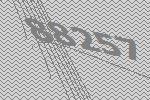
88257